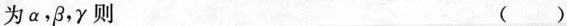
为α，β，γ则 ()